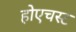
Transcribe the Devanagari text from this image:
होएचस्ट